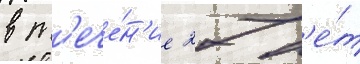
в т'ече́н'ие 27 л'е́т